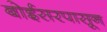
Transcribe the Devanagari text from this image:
बोईसरपासून